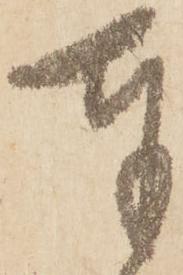
奉